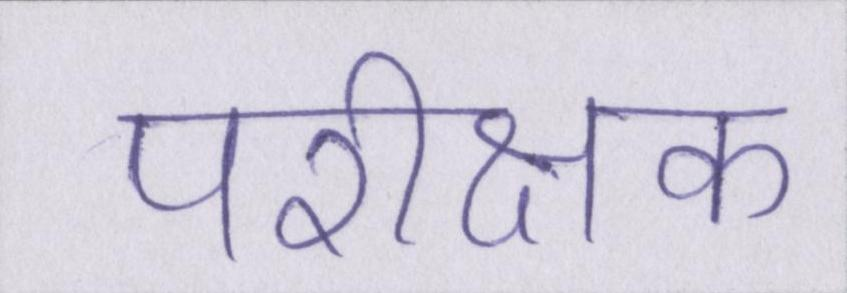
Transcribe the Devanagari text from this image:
परीक्षक